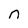
Character: n